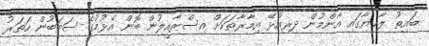
ބައިތު ލާހިޔާގައި އާންމުން ދިރިއުޅޭ އިމާރާތަކަށް އިސްރާއީލުން ބޮން އެޅުމުގެ ސަބަބުން ހަތަރު